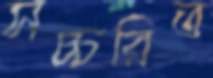
সচ্চরিত